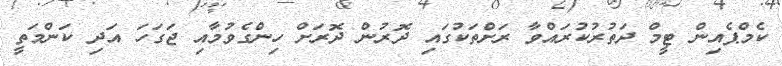
ކެމްޕެއިން ޓީމް ދަތުރުކުރައްވާ ރަށްތަކުގައި ދޮރުން ދޮރަށް ހިންގެވުމާއި ޖަގަހަ އަދި ކަންމަތީ